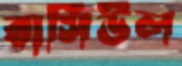
রাসিউল